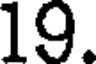
19.